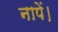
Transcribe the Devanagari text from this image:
नापें।